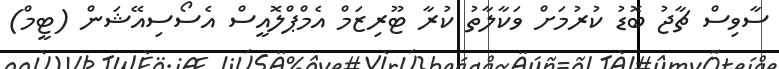
ސާވިސް ޗާޖު ބޮޑު ކުރުމަށް ވަކާލާތު ކުރާ ޓޫރިޒަމް އެމްޕްލޮއީސް އެސޯސިއޭޝަން (ޓީމް)